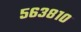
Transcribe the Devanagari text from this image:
५६३८१०